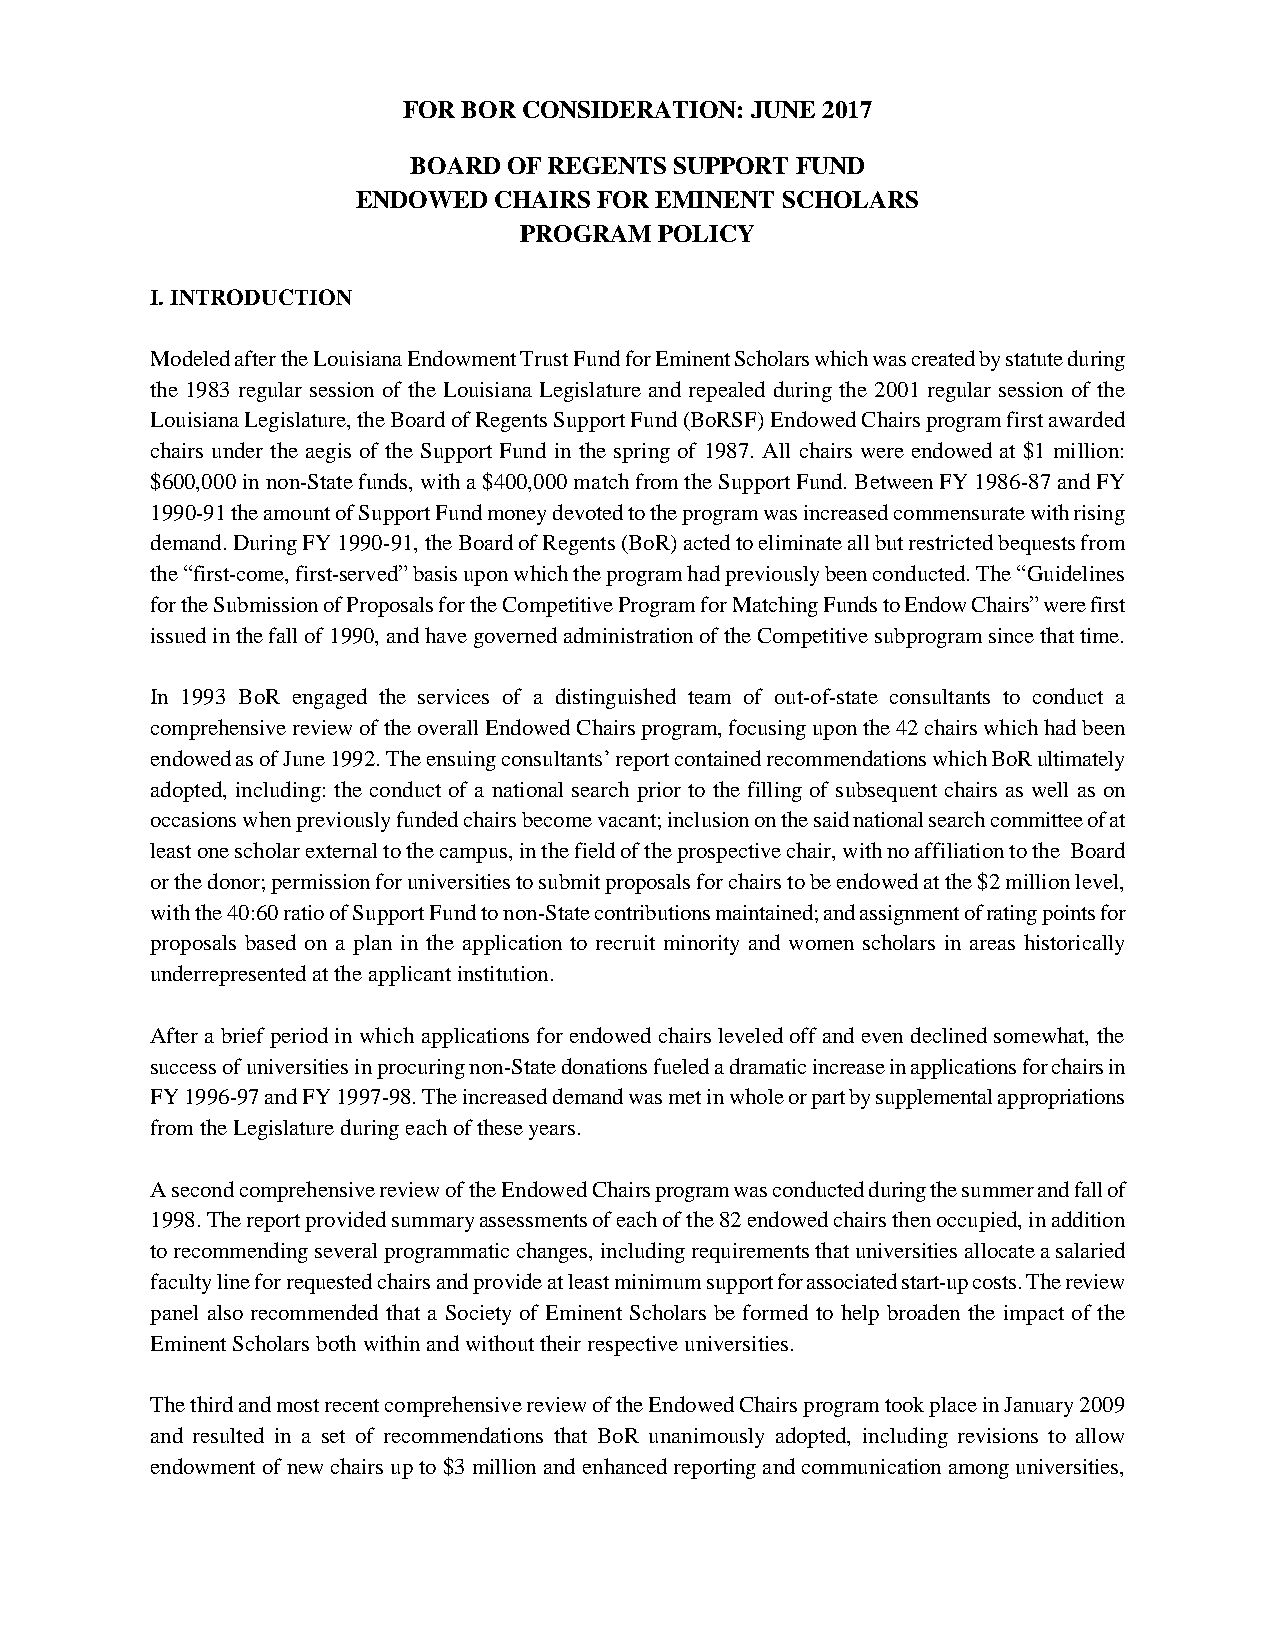
FOR BOR CONSIDERATION: JUNE 2017
 BOARD  OF REGENTS SUPPORT FUND
 ENDOWED  CHAIRS FOR EMINENT SCHOLARS
 PROGRAM   POLICY
 I. INTRODUCTION
 Modeled after the Louisiana Endowment Trust Fund for Eminent Scholars which was created by statute during
 the 1983 regular session of the Louisiana Legislature and repealed during the 2001 regular session of the
 Louisiana Legislature, the Board of Regents Support Fund (BoRSF) Endowed Chairs program first awarded
 chairs under the aegis of the Support Fund in the spring of 1987. All chairs were endowed at $1 million:
 $600,000 in non-State funds, with a $400,000 match from the Support Fund. Between FY 1986-87 and FY
 1990-91 the amount of Support Fund money devoted to the program was increased commensurate with rising
 demand. During FY 1990-91, the Board of Regents (BoR) acted to eliminate all but restricted bequests from
 the “first-come, first-served” basis upon which the program had previously been conducted. The “Guidelines
 for the Submission of Proposals for the Competitive Program for Matching Funds to Endow Chairs” were first
 issued in the fall of 1990, and have governed administration of the Competitive subprogram since that time.
 In 1993 BoR engaged the services of a distinguished team of out-of-state consultants to conduct a
 comprehensive review of the overall Endowed Chairs program, focusing upon the 42 chairs which had been
 endowed as of June 1992. The ensuing consultants’ report contained recommendations which BoR ultimately
 adopted, including: the conduct of a national search prior to the filling of subsequent chairs as well as on
 occasions when previously funded chairs become vacant; inclusion on the said national search committee of at
 least one scholar external to the campus, in the field of the prospective chair, with no affiliation to the Board
 or the donor; permission for universities to submit proposals for chairs to be endowed at the $2 million level,
 with the 40:60 ratio of Support Fund to non-State contributions maintained; and assignment of rating points for
 proposals based on a plan in the application to recruit minority and women scholars in areas historically
 underrepresented at the applicant institution.
 After a brief period in which applications for endowed chairs leveled off and even declined somewhat, the
 success of universities in procuring non-State donations fueled a dramatic increase in applications for chairs in
 FY 1996-97 and FY 1997-98. The increased demand was met in whole or part by supplemental appropriations
 from the Legislature during each of these years.
 A second comprehensive review of the Endowed Chairs program was conducted during the summer and fall of
 1998. The report provided summary assessments of each of the 82 endowed chairs then occupied, in addition
 to recommending several programmatic changes, including requirements that universities allocate a salaried
 faculty line for requested chairs and provide at least minimum support for associated start-up costs. The review
 panel also recommended that a Society of Eminent Scholars be formed to help broaden the impact of the
 Eminent Scholars both within and without their respective universities.
 The third and most recent comprehensive review of the Endowed Chairs program took place in January 2009
 and resulted in a set of recommendations that BoR unanimously adopted, including revisions to allow
 endowment of new chairs up to $3 million and enhanced reporting and communication among universities,